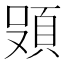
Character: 𮨄